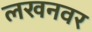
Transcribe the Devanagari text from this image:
लखनवर